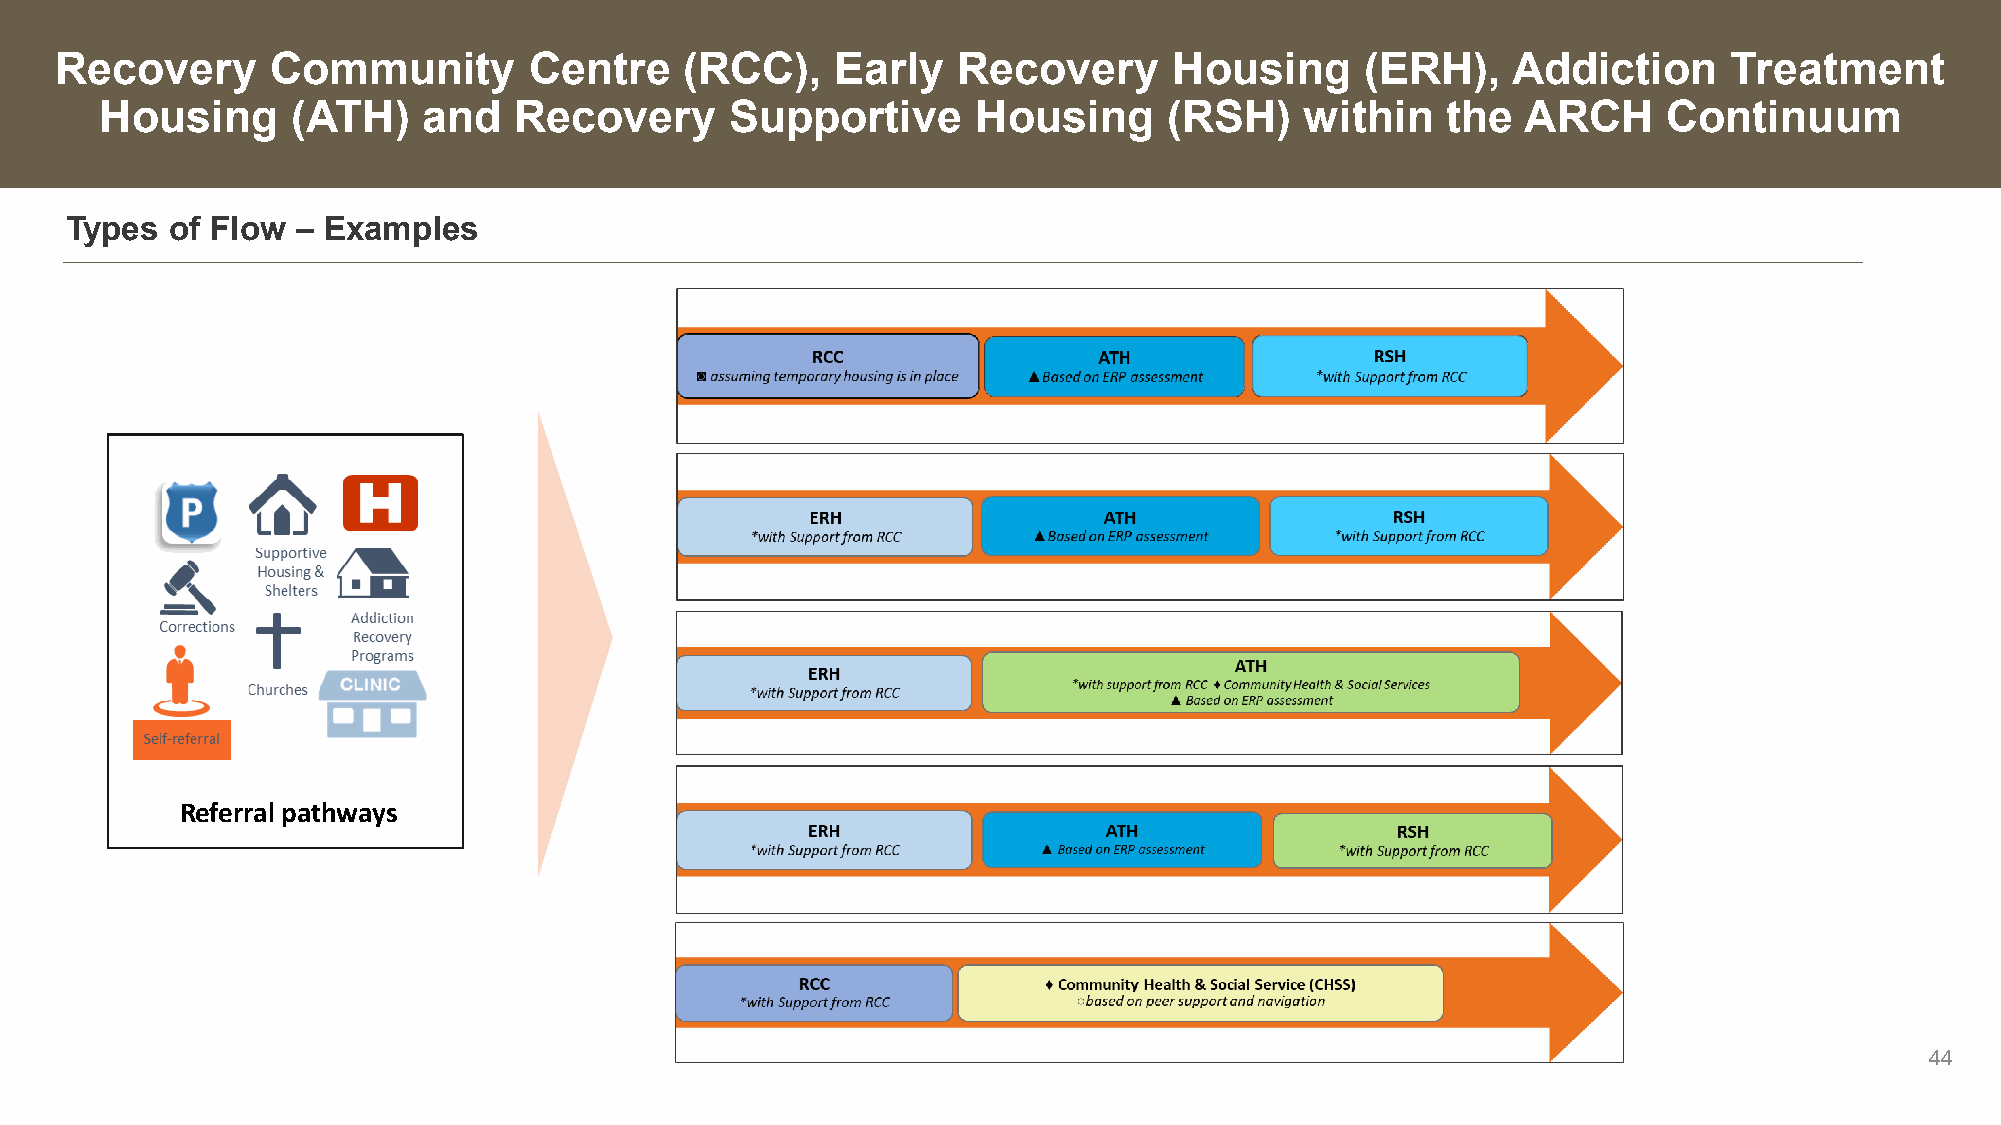
Recovery      Community        Centre    (RCC),    Early   Recovery       Housing     (ERH),    Addiction      Treatment
 Housing     (ATH)    and   Recovery      Supportive       Housing     (RSH)    within    the  ARCH     Continuum
 Types  of Flow  – Examples
 Referral pathways
 44